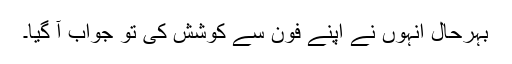
بہرحال انہوں نے اپنے فون سے کوشش کی تو جواب آ گیا۔